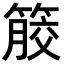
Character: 𥰹